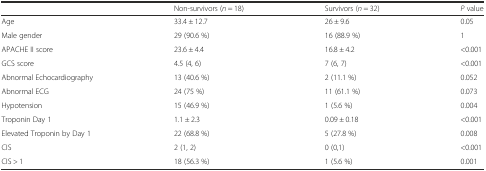
|  | Non-survivors (n = 18) | Survivors (n = 32) | P value |
 | --- | --- | --- | --- |
 | Age | 33.4 ± 12.7 | 26 ± 9.6 | 0.05 |
 | Male gender | 29 (90.6 %) | 16 (88.9 %) | 1 |
 | APACHE II score | 23.6 ± 4.4 | 16.8 ± 4.2 | <0.001 |
 | GCS score | 4.5 (4, 6) | 7 (6, 7) | <0.001 |
 | Abnormal Echocardiography | 13 (40.6 %) | 2 (11.1 %) | 0.052 |
 | Abnormal ECG | 24 (75 %) | 11 (61.1 %) | 0.073 |
 | Hypotension | 15 (46.9 %) | 1 (5.6 %) | 0.004 |
 | Troponin Day 1 | 1.1 ± 2.3 | 0.09 ± 0.18 | <0.001 |
 | Elevated Troponin by Day 1 | 22 (68.8 %) | 5 (27.8 %) | 0.008 |
 | CIS | 2 (1, 2) | 0 (0,1) | <0.001 |
 | CIS > 1 | 18 (56.3 %) | 1 (5.6 %) | 0.001 |